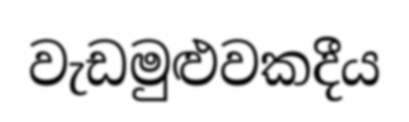
වැඩමුළුවකදීය